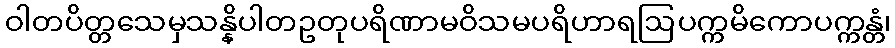
ဝါတပိတ္တသေမှသန္နိပါတဥတုပရိဏာမဝိသမပရိဟာရဩပက္ကမိကောပက္ကန္တံ၊